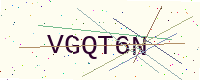
Text: VGQT6N